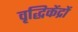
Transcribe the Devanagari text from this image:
वृद्धिकेंद्रों